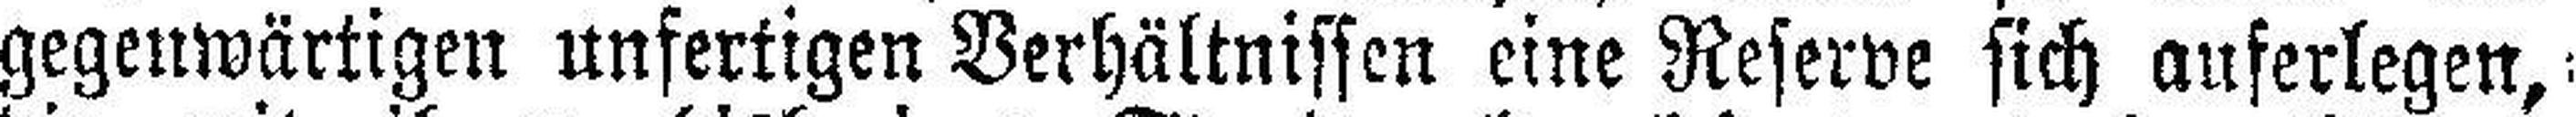
gegenwärtigen unfertigen Verhältnissen eine Reserve sich auferlegen,